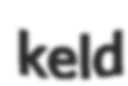
keld